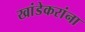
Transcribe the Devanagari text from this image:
खांडेकरांना